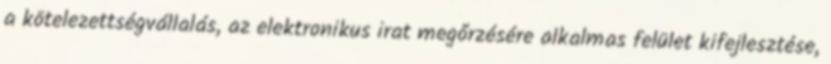
a kötelezettségvállalás, az elektronikus irat megőrzésére alkalmas felület kifejlesztése,